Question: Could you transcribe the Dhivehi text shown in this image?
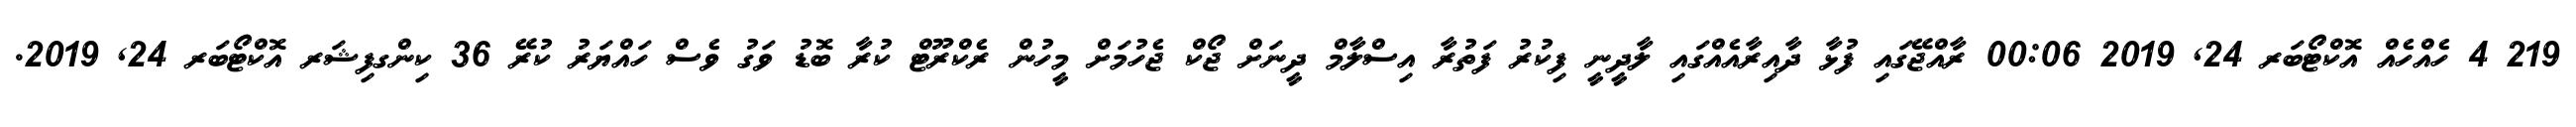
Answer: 219 4 ހެއްހެއް އޮކްޓޯބަރ 24, 2019 00:06 ރާއްޖޭގައި ފުޅާ ދާއިރާއެއްގައި ލާދީނީ ފިކުރު ފަތުރާ އިސްލާމް ދީނަށް ޖޯކް ޖެހުމަށް މީހުން ރެކްރޫޓް ކުރާ ބޮޑު ވަގު ވެސް ހައްޔަރު ކުރޭ 36 ކިންގފިޝަރ އޮކްޓޯބަރ 24, 2019.